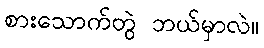
စားသောက်တွဲ ဘယ်မှာလဲ။